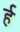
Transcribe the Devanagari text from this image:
र्ह